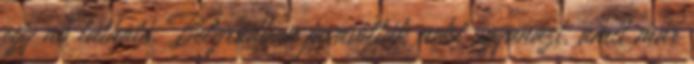
egy nő látható. Belgrádban javasolták neki ugyanazt, amit már